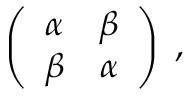
\left( \begin{array} { c c } { { \alpha } } & { { \beta } } \\ { { \beta } } & { { \alpha } } \end{array} \right) \; ,